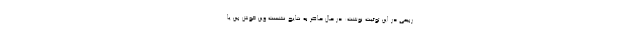
ربیعی در این توئیت نوشت: در حال حاضر به نتایج نشست وین خوش بین یا